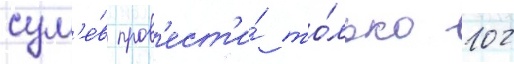
сум'е́в пров'ест'и́ то́лько 102